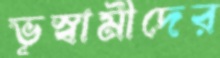
ভূস্বামীদের